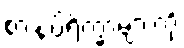
စားနပ်ရိက္ခာများကို